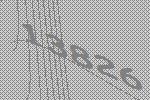
13826